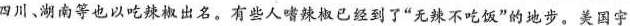
墨西哥、印度、匈牙利、朝鲜……中国某些省，如四川、湖南等也以吃辣椒出名。有些人嗜辣椒已经到了”无辣不吃饭”的地步。美国宇